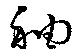
袖